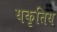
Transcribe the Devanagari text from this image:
यकृतिय